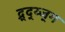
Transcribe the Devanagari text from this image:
द्र्द्य्ज्ग